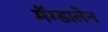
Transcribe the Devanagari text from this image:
मॅग्डालेन